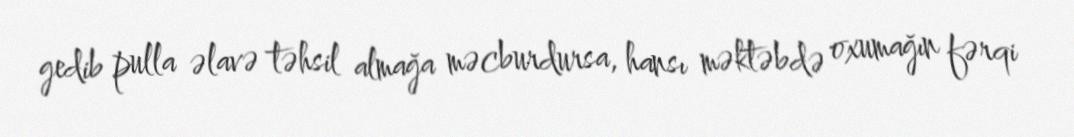
gedib pulla əlavə təhsil almağa məcburdursa, hansı məktəbdə oxumağın fərqi